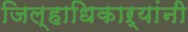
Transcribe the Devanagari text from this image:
जिल्हाधिकाऱ्यांनी